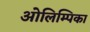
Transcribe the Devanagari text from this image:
ओलिम्पिका